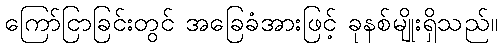
ကြော်ငြာခြင်းတွင် အခြေခံအားဖြင့် ခုနစ်မျိုးရှိသည်။